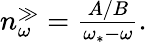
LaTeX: \begin{array}{r}{n_{\omega}^{\gg}=\frac{A/B}{\omega_{*}-\omega}.}\end{array}